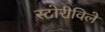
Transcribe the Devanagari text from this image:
स्टोरीविले